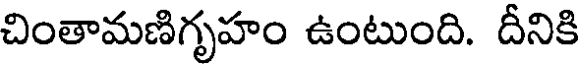
చింతామణిగృహం ఉంటుంది. దీనికి